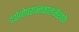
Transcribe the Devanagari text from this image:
दर्शनोपरान्तकालभैरवके